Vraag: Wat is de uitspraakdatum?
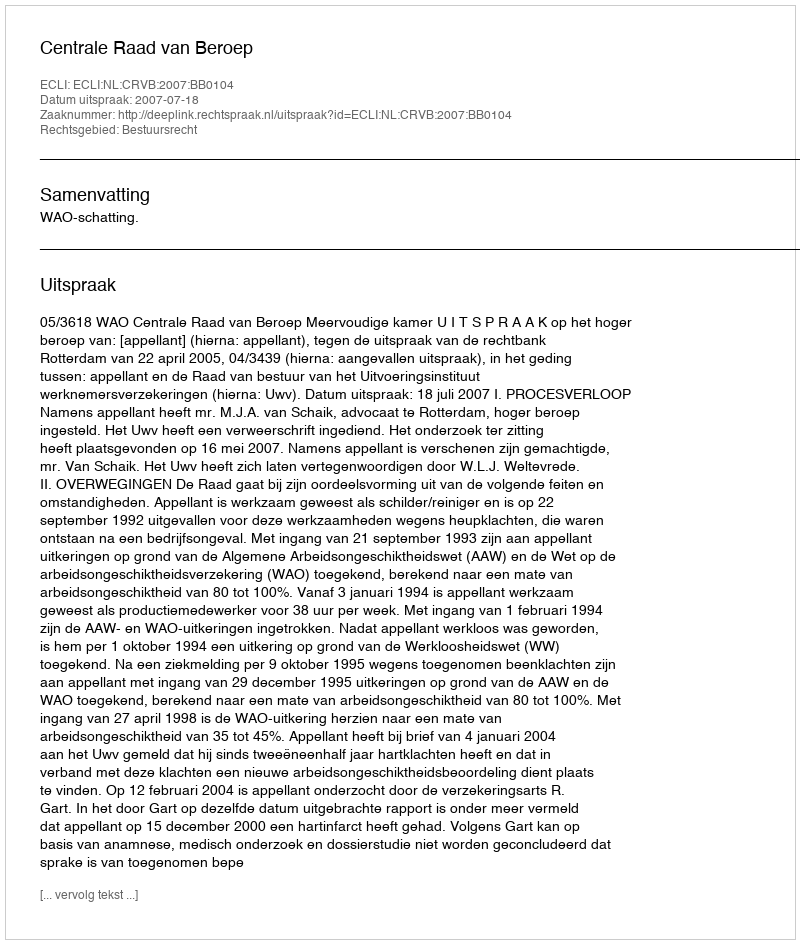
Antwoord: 2007-07-18